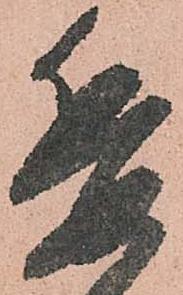
委